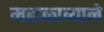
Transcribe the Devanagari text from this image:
महाकाव्याने